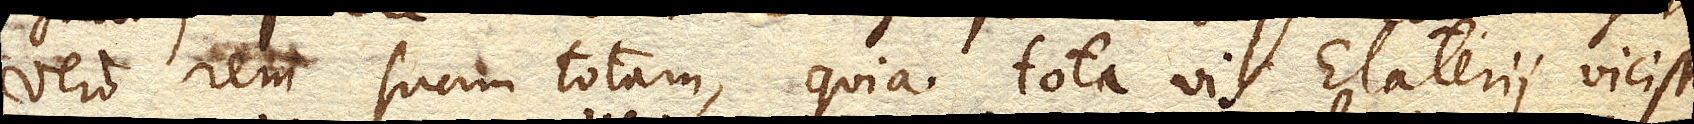
vero rem suam totam, quia tota vis Elaterii vicissim